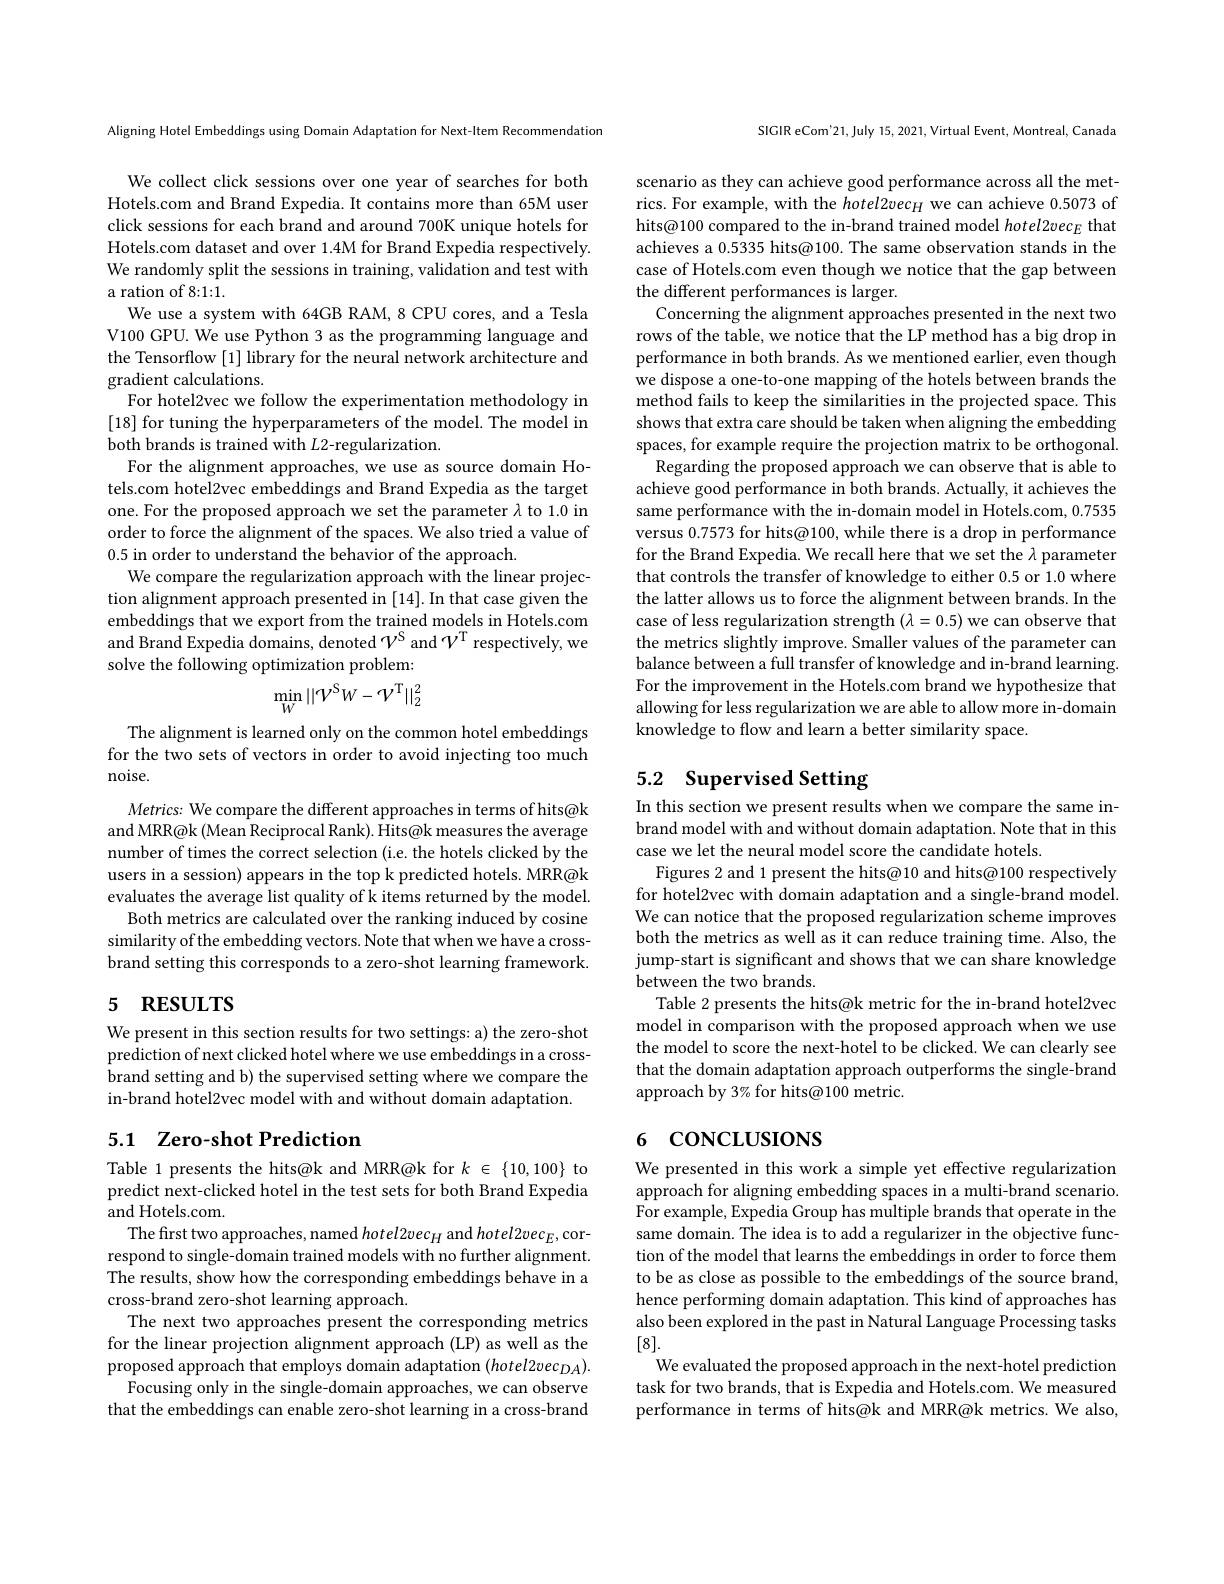
Aligning Hotel Embeddings using Domain Adaptation for Next-ltem Recommendation

We collect click sessions over one year of searches for both Hotels.com and Brand Expedia. It contains more than 65M user click sessions for each brand and around 700K unique hotels for Hotels.com dataset and over 1.4M for Brand Expedia respectively. We randomly split the sessions in training, validation and test with a ration of 8:1:1.
We use a system with 64GB RAM, 8 CPU cores, and a Tesla V100 GPU. We use Python 3 as the programming language and the Tensorflow [1] library for the neural network architecture and gradient calculations.
For hotel2vec we follow the experimentation methodology in [18] for tuning the hyperparameters of the model. The model in both brands is trained with L2-regularization.
For the alignment approaches, we use as source domain Hotels.com hotel2vec embeddings and Brand Expedia as the target one. For the proposed approach we set the parameter $\lambda$ to 1.0 in order to force the alignment of the spaces. We also tried a value of 0.5 in order to understand the behavior of the approach.
We compare the regularization approach with the linear projection alignment approach presented in [14]. In that case given the embeddings that we export from the trained models in Hotels.com and Brand Expedia domains, denoted $\mathcal{V}^S$ and $\mathcal{V}^\mathrm{T}$ respectively, we solve the following optimization problem:
$$\min_{W}||\mathcal{V}^{\mathrm{S}}W-\mathcal{V}^{\mathrm{T}}||_{2}^{2}$$
The alignment is learned only on the common hotel embeddings for the two sets of vectors in order to avoid injecting too much noise.

Metrics: We compare the different approaches in terms of hits@k and MRR@k (Mean Reciprocal Rank). Hits@k measures the average number of times the correct selection (i.e. the hotels clicked by the users in a session) appears in the top k predicted hotels. MRR@k evaluates the average list quality of k items returned by the model.
Both metrics are calculated over the ranking induced by cosine similarity of the embedding vectors. Note that when we have a crossbrand setting this corresponds to a zero-shot learning framework.

# 5 RESULTS

We present in this section results for two settings: a) the zero-shot prediction of next clicked hotel where we use embeddings in a crossbrand setting and b) the supervised setting where we compare the in-brand hotel2vec model with and without domain adaptation.

## 5.1 Zero-shot Prediction

Table 1 presents the hits@k and MRR@k for $k\in\{10,100\}$ to predict next-clicked hotel in the test sets for both Brand Expedia and Hotels.com.
The first two approaches, named $hotel2vec_H$ and $hotel2vec_E$,correspond to single-domain trained models with no further alignment. The results, show how the corresponding embeddings behave in a cross-brand zero-shot learning approach.
The next two approaches present the corresponding metrics for the linear projection alignment approach (LP) as well as the proposed approach that employs domain adaptation $(hotel2vec_{DA}).$
Focusing only in the single-domain approaches, we can observe that the embeddings can enable zero-shot learning in a cross-brand

SIGIR eCom'21,July 15, 2021, Virtual Event, Montreal, Canada

scenario as they can achieve good performance across all the metrics. For example, with the hotel2vecH we can achieve 0.5073 of hits@100 compared to the in-brand trained model hotel2vecE that achieves a 0.5335 hits@100. The same observation stands in the case of Hotels.com even though we notice that the gap between the different performances is larger.
Concerning the alignment approaches presented in the next two rows of the table, we notice that the LP method has a big drop in performance in both brands. As we mentioned earlier, even though we dispose a one-to-one mapping of the hotels between brands the method fails to keep the similarities in the projected space. This shows that extra care should be taken when aligning the embedding spaces, for example require the projection matrix to be orthogonal. Regarding the proposed approach we can observe that is able to achieve good performance in both brands. Actually, it achieves the same performance with the in-domain model in Hotels.com, 0.7535 versus 0.7573 for hits@100, while there is a drop in performance for the Brand Expedia. We recall here that we set the $\lambda$ parameter that controls the transfer of knowledge to either 0.5 or 1.0 where the latter allows us to force the alignment between brands. In the case of less regularization strength $(\lambda=0.5)$ we can observe that the metrics slightly improve. Smaller values of the parameter can balance between a full transfer of knowledge and in-brand learning. For the improvement in the Hotels.com brand we hypothesize that allowing for less regularization we are able to allow more in-domain knowledge to flow and learn a better similarity space.

# 5.2 Supervised Setting

In this section we present results when we compare the same inbrand model with and without domain adaptation. Note that in this case we let the neural model score the candidate hotels.
Figures 2 and 1 present the hits@10 and hits@100 respectively for hotel2vec with domain adaptation and a single-brand model. We can notice that the proposed regularization scheme improves both the metrics as well as it can reduce training time. Also, the jump-start is significant and shows that we can share knowledge between the two brands.
Table 2 presents the hits@k metric for the in-brand hotel2vec model in comparison with the proposed approach when we use the model to score the next-hotel to be clicked. We can clearly see that the domain adaptation approach outperforms the single-brand approach by 3% for hits@100 metric.

# 6 concLusıons

We presented in this work a simple yet effective regularization approach for aligning embedding spaces in a multi-brand scenario. For example, Expedia Group has multiple brands that operate in the same domain. The idea is to add a regularizer in the objective function of the model that learns the embeddings in order to force them to be as close as possible to the embeddings of the source brand, hence performing domain adaptation. This kind of approaches has also been explored in the past in Natural Language Processing tasks [8].
We evaluated the proposed approach in the next-hotel prediction task for two brands, that is Expedia and Hotels.com. We measured performance in terms of hits@k and MRR@k metrics. We also,